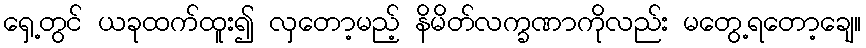
ရှေ့တွင် ယခုထက်ထူး၍ လှတော့မည့် နိမိတ်လက္ခဏာကိုလည်း မတွေ့ရတော့ချေ။